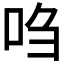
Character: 𫩩